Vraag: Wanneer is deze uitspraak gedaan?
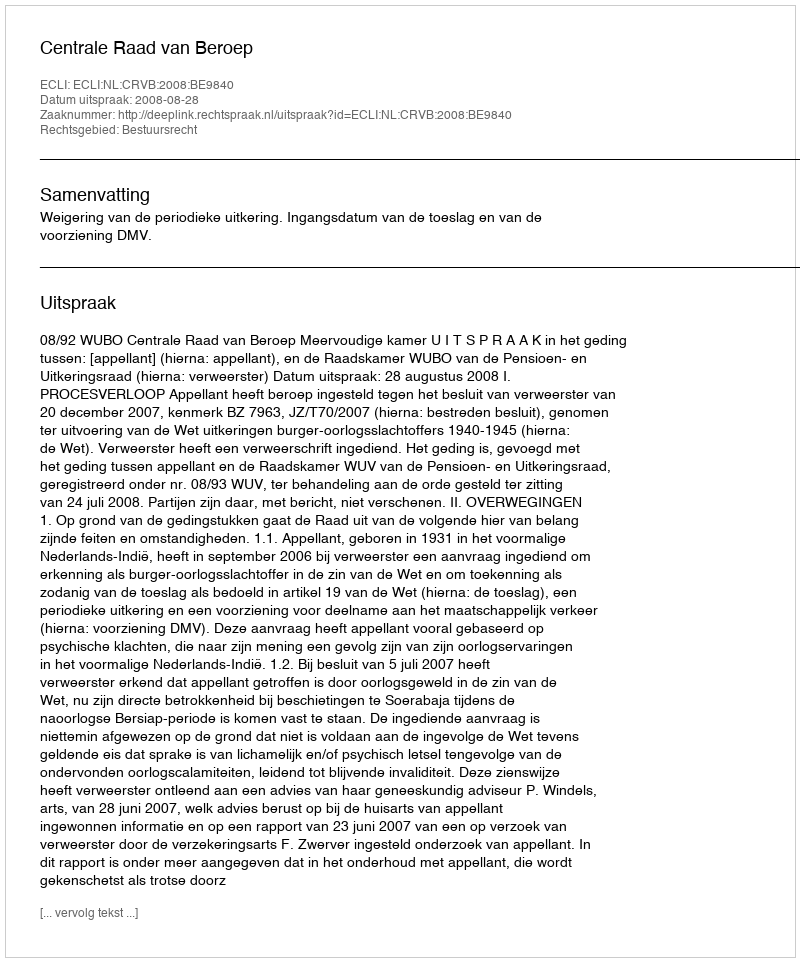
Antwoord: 2008-08-28